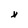
Character: x